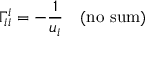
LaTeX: \Gamma _ { i i } ^ { i } = - \frac { 1 } { u _ { i } } \quad ( \mathrm { n o ~ s u m ) }